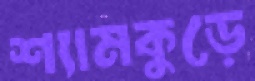
শ্যামকুড়ে